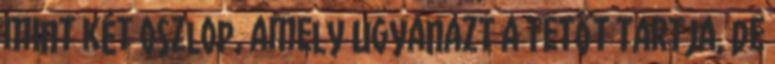
mint két oszlop, amely ugyanazt a tetőt tartja, de